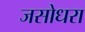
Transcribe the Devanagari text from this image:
जसोधरा